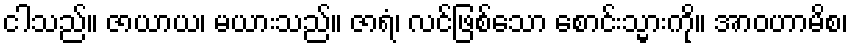
ငါသည်။ ဇာယာယ၊ မယားသည်။ ဇာရံ၊ လင်ဖြစ်သော စောင်းသ္မားကို။ အာဝဟာမိစ၊